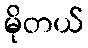
မိုတယ်